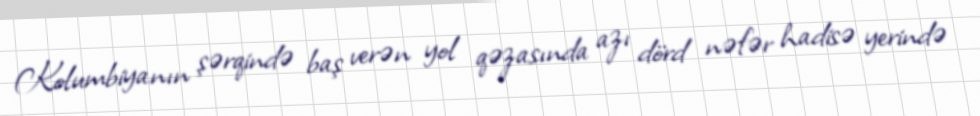
Kolumbiyanın şərqində baş verən yol qəzasında azı dörd nəfər hadisə yerində